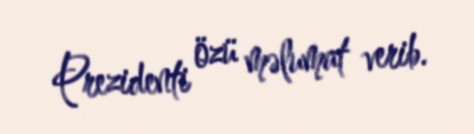
Prezidenti özü məlumat verib.